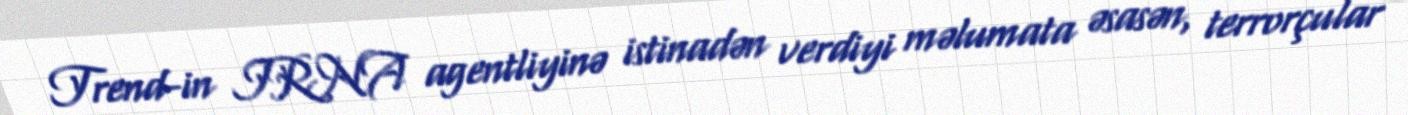
Trend-in IRNA agentliyinə istinadən verdiyi məlumata əsasən, terrorçular